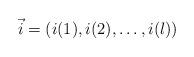
LaTeX: \begin{align*}\vec{i}=(i(1),i(2),\dots, i(l))\end{align*}